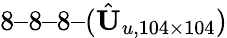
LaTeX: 8–8–8–(\hat{\textit{\textbf{U}}}_{u,104\times 104})